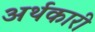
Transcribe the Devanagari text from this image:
अर्थकारी